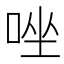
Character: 唑